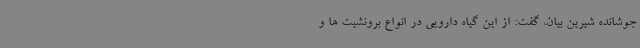
جوشانده شیرین بیان، گفت: از این گیاه دارویی در انواع برونشیت ها و